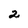
Character: 2